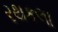
રથકલા